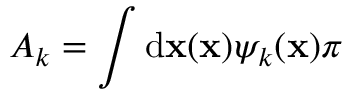
A _ { k } = \int \operatorname { d \mathbf { x } } ( \mathbf { x } ) \psi _ { k } ( \mathbf { x } ) \pi